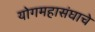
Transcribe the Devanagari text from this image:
योगमहासंघाचे